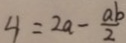
4 = 2 a - \frac { a b } { 2 }